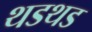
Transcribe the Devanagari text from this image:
थडथड